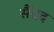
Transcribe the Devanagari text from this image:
सैंदद